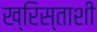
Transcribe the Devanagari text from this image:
ख्रिस्ताशी